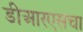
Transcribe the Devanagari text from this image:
डीआरएसचा